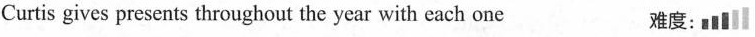
Curtis gives presents throughout the year with each one 难度: